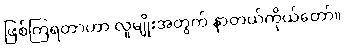
ဖြစ်ကြရတာဟာ လူမျိုးအတွက် နာတယ်ကိုယ်တော်။